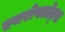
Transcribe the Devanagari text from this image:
एयरोफ्लोट्स